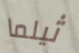
ثيلما